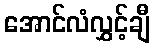
အောင်လံလွှင့်ချီ